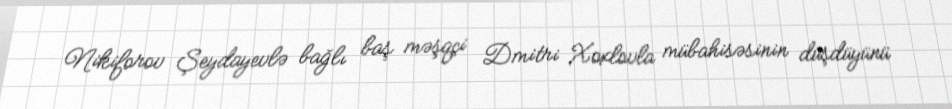
Nikiforov Şeydayevlə bağlı baş məşqçi Dmitri Xoxlovla mübahisəsinin düşdüyünü